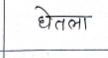
मजकूर: घेतला